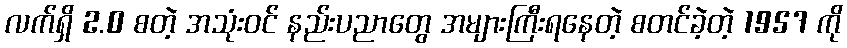
လက်ရှိ 2.0 စတဲ့ အသုံးဝင် နည်းပညာတွေ အများကြီးရနေတဲ့ စတင်ခဲ့တဲ့ 1957 ကို